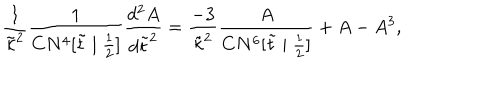
LaTeX: \frac { 1 } { \tilde { \kappa } ^ { 2 } } \frac { 1 } { C N ^ { 4 } [ \tilde { t } \mid \frac { 1 } { 2 } ] } \frac { d ^ { 2 } A } { d \tilde { t } ^ { 2 } } = \frac { - 3 } { \tilde { \kappa } ^ { 2 } } \frac { A } { C N ^ { 6 } [ \tilde { t } \mid \frac { 1 } { 2 } ] } + A - A ^ { 3 } ,